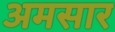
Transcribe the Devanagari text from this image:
अमसार